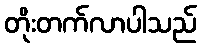
တိုးတက်လာပါသည်